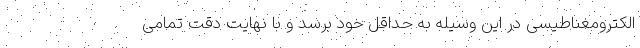
الکترومغناطیسی در این وسیله به حداقل خود برسد و با نهایت دقت تمامی